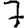
Digit: 7